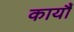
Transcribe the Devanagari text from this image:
कार्यौं